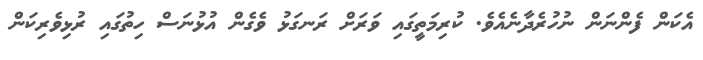
އެކަން ފެންނަން ނުހުރެދާނެއެވެ. ކުރިމަތީގައި ވަރަށް ރަނގަޅު ވެގެން އުޅުނަސް ހިތުގައި ރުޅިވެރިކަން